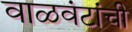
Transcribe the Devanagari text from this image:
वाळवंटांची